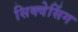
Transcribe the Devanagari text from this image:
सिक्वेसिंग